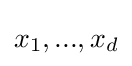
x_{1},...,x_{d}